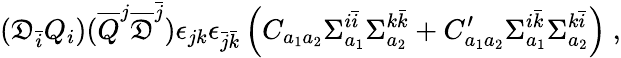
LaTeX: (\mathfrak{D}_{\bar{{i}}}Q_{i})({\overline{{{Q}}}}^{j}{\overline{{{\mathfrak{D}}}}}^{\bar{{j}}})\epsilon_{jk}\epsilon_{{\bar{{j}}}{\bar{{k}}}}\left(C_{a_{1}a_{2}}\Sigma_{a_{1}}^{i{\bar{{i}}}}\Sigma_{a_{2}}^{k{\bar{{k}}}}+C_{a_{1}a_{2}}^{\prime}\Sigma_{a_{1}}^{i{\bar{{k}}}}\Sigma_{a_{2}}^{k{\bar{{i}}}}\right)~,